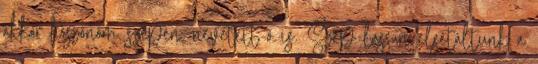
akkor köszönöm szépen.-nevetett ő is. Szép lassan elsétáltunk a